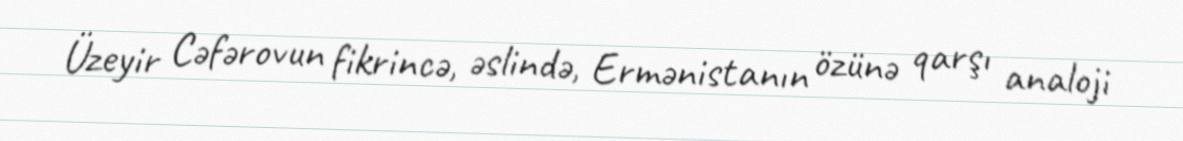
Üzeyir Cəfərovun fikrincə, əslində, Ermənistanın özünə qarşı analoji